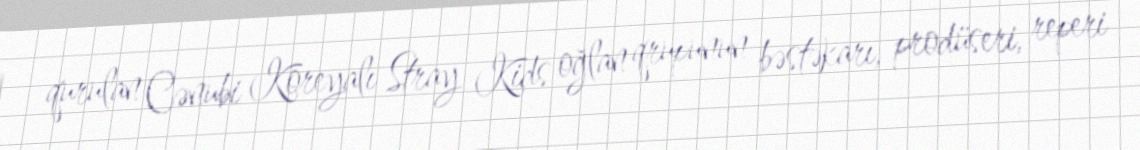
qurulan Cənubi Koreyalı Stray Kids oğlan qrupunun bəstəkarı, prodüseri, reperi